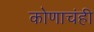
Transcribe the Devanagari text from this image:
कोणाचंही